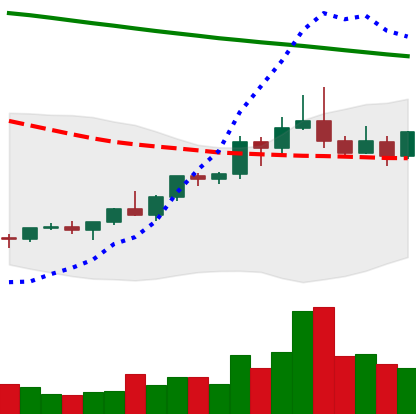
Ticker: ETC-USD
Chart end date: 2022-02-15
Forward return: -18.102%
Label: down_7plus